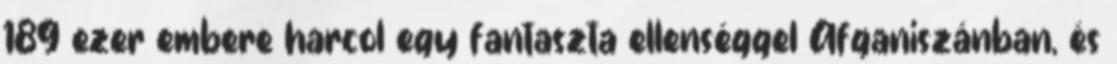
189 ezer embere harcol egy fantaszta ellenséggel Afganiszánban, és